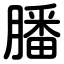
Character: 膰